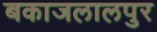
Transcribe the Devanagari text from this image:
बकाजलालपुर